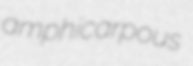
amphicarpous